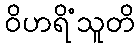
ဝိဟရိံသူတိ